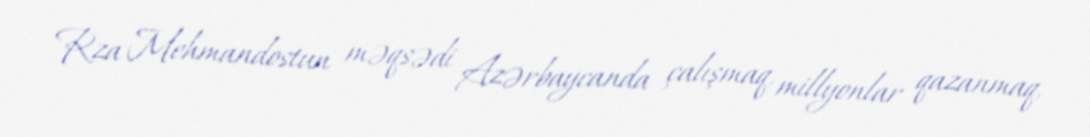
Rza Mehmandostun məqsədi Azərbaycanda çalışmaq, millyonlar qazanmaq,